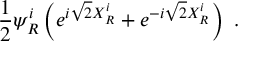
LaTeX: \frac { 1 } { 2 } \psi _ { R } ^ { i } \left( e ^ { i \sqrt { 2 } X _ { R } ^ { i } } + e ^ { - i \sqrt { 2 } X _ { R } ^ { i } } \right) \ .